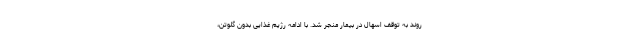
روند به توقف اسهال در بیمار منجر شد. با ادامه رژیم غذایی بدون گلوتن،